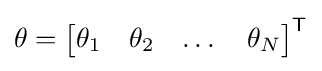
\theta ={\begin{bmatrix}\theta _{1}&\theta _{2}&\dots &\theta _{N}\end{bmatrix}}^{\textsf {T}}